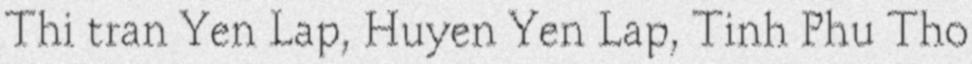
Thi tran Yen Lap, Huyen Yen Lap, Tinh Phu Tho